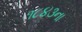
૧૮૪૩ના